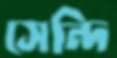
সেন্দি